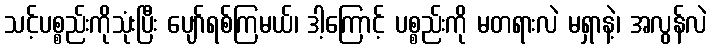
သင့်ပစ္စည်းကိုသုံးပြီး ပျော်ရစ်ကြမယ်၊ ဒါ့ကြောင့် ပစ္စည်းကို မတရားလဲ မရှာနဲ့၊ အလွန်လဲ